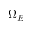
\Omega _ { E }